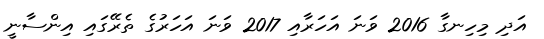
އަދި މިހިނގާ 2016 ވަނަ އަހަރާއި 2017 ވަނަ އަހަރުގެ ތެރޭގައި އިންސާނީ